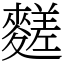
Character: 䴾